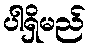
ပါရှိမည်